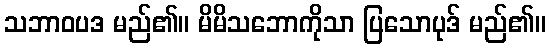
သဘာဝပဒ မည်၏။ မိမိသဘောကိုသာ ပြသောပုဒ် မည်၏။